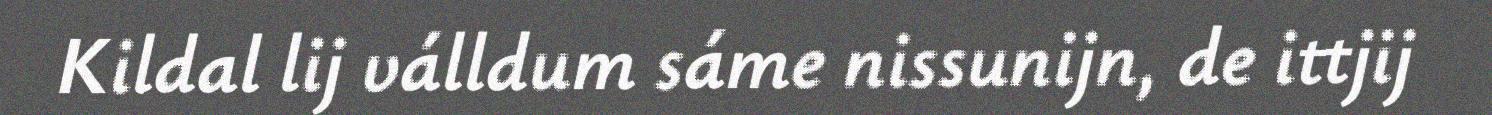
Kildal lij válldum sáme nissunijn, de ittjij